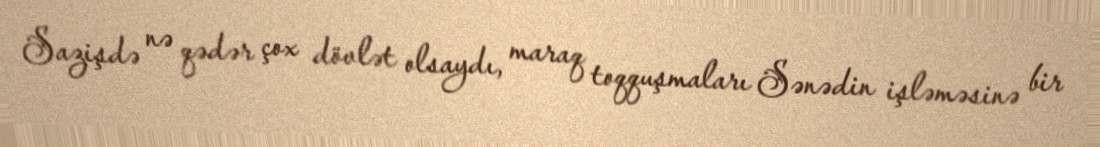
Sazişdə nə qədər çox dövlət olsaydı, maraq toqquşmaları Sənədin işləməsinə bir